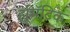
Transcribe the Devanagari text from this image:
र्ह्यूमॅटिक